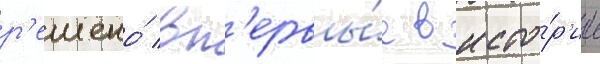
р'ешено́ вп'ервы́е в исто́р'ии